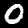
Digit: 0